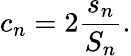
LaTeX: c_{n}=2{\frac{s_{n}}{S_{n}}}.